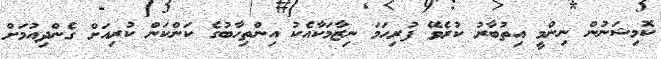
ކޮމިޝަނުން ނިންމީ އިތުބާރު ކުރެވޭ ފުރިހަމަ ނިޒާމަކާއެކު އިންތިހާބުގެ ކަންކަން ކުރިއަށް ގެންދިއުމަށް